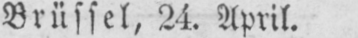
Brüssel, 24. April.